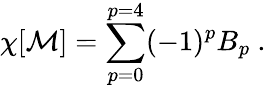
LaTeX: \chi[{\mathbf{\cal M}}]=\sum_{p=0}^{p=4}(-1)^{p}B_{p}\ .